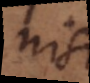
nisi